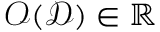
\mathcal { O } ( \mathcal { D } ) \in \mathbb { R }